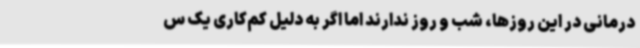
درمانی در این روزها، شب و روز ندارند اما اگر به دلیل کم‌کاری یک س